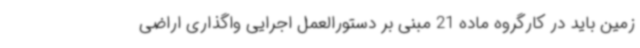
زمین باید در کارگروه ماده 21 مبنی بر دستورالعمل اجرایی واگذاری اراضی